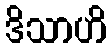
ဒိသာဟိ